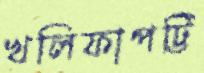
খলিফাপট্টি